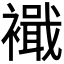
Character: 𮖹